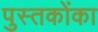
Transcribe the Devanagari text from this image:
पुस्‍तकोंका